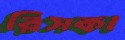
রিসকা